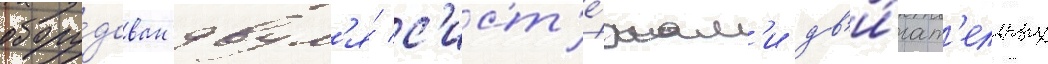
обору́дован двум'я́ с'ист'е́мам'и дв'и́гат'ельных